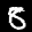
Label: 8